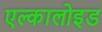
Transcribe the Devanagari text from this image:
एल्कालोइड